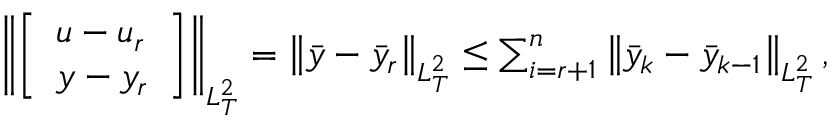
\begin{array} { r } { \left\| \left[ \begin{array} { l } { u - u _ { r } } \\ { y - y _ { r } } \end{array} \right] \right\| _ { L _ { T } ^ { 2 } } = \left\| \bar { y } - \bar { y } _ { r } \right\| _ { L _ { T } ^ { 2 } } \leq \sum _ { i = r + 1 } ^ { n } \left\| \bar { y } _ { k } - \bar { y } _ { k - 1 } \right\| _ { L _ { T } ^ { 2 } } , } \end{array}